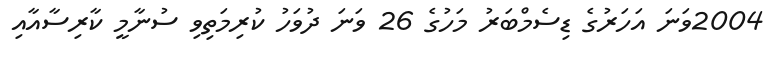
2004ވަނަ އަހަރުގެ ޑިސެމްބަރު މަހުގެ 26 ވަނަ ދުވަހު ކުރިމަތިވި ސުނާމީ ކާރިސާއާއި